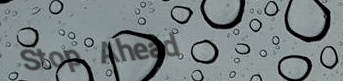
Stop Ahead